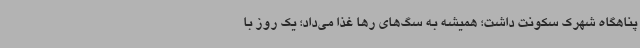
پناهگاه شهرک سکونت داشت؛ همیشه به سگ‌های رها غذا می‌داد؛ یک روز با